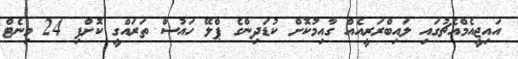
އައިޖީއެމްއެޗުގައި ލައިބްރަރީއެއް ގާއިމުކޮށް ކުޑަދިންގެ ޕްލޭ ހައުސް ތަރައްގީ ކޮށްފި 24 މިނެޓް